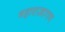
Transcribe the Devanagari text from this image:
महाराजागण